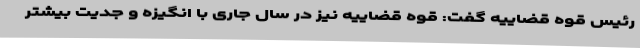
رئیس قوه قضاییه گفت: قوه قضاییه نیز در سال جاری با انگیزه و جدیت بیشتر